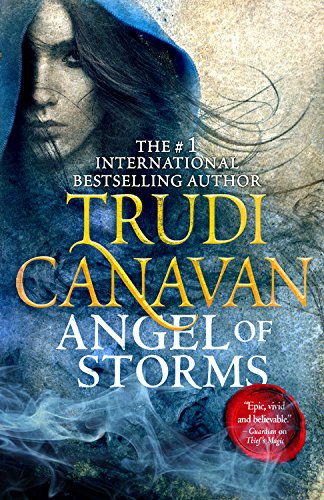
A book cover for Angel of Storms (Millennium's Rule); Trudi Canavan; Literature & Fiction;